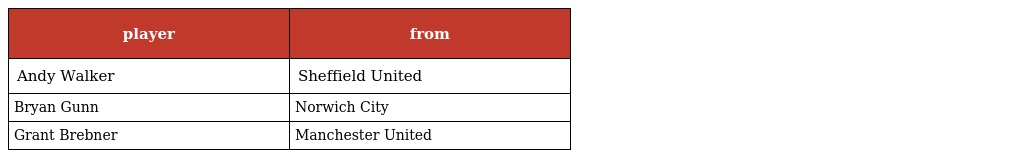
| player | from |
 | --- | --- |
 | Andy Walker | Sheffield United |
 | Bryan Gunn | Norwich City |
 | Grant Brebner | Manchester United |